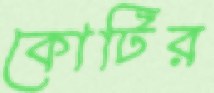
কোটির